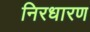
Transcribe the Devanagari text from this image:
निरधारण